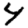
Digit: 4